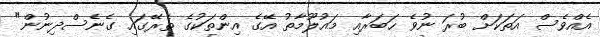
އެއްވެސް އަތަކަށް ބުރަ ނުވެ ހަބަރާއި މައުލޫމާތު އޭގެ އިންތަކުގެ ތެރޭގައި ގެނެސްދިނުން"